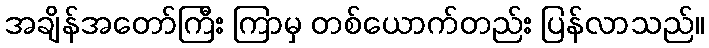
အချိန်အတော်ကြီး ကြာမှ တစ်ယောက်တည်း ပြန်လာသည်။